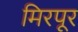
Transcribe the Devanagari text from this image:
मिरपूर